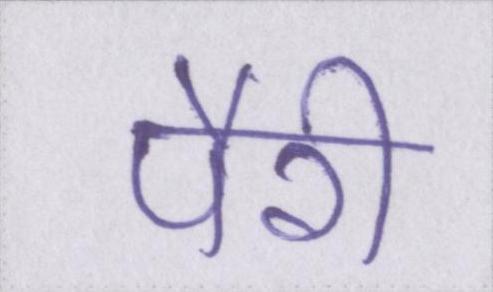
पैरी